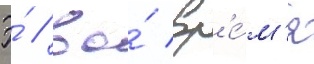
Э́ // Во́ вр'е́м'я